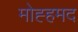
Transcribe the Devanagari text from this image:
मोह्हमद